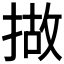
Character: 𢰴